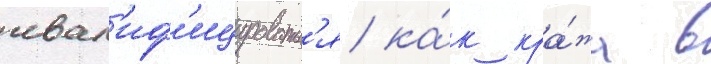
квал'иф'ицироватьс'я ка́к кра́жа в